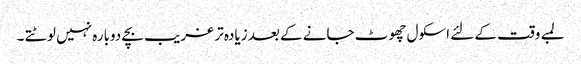
لمبے وقت کے لئے اسکول چھوٹ جانے کے بعد زیادہ تر غریب بچے دوبارہ نہیں لوٹتے ۔